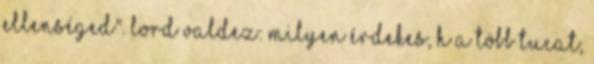
ellenséged". Lord Valdez: milyen érdekes, h a több tucat,